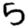
Digit: 5